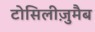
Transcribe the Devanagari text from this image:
टोसिलीज़ुमैब